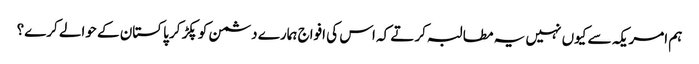
ہم امریکہ سے کیوں نہیں یہ مطالبہ کرتے کہ اس کی افواج ہمارے دشمن کو پکڑ کر پاکستان کے حوالے کرے؟